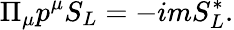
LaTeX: \Pi_{\mu}p^{\mu}S_{L}=-imS_{L}^{*}.